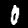
Digit: 0